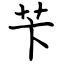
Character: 苄